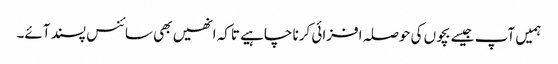
ہمیں آپ جیسے بچوں کی حوصلہ افزائی کرنا چاہیے تاکہ انھیں بھی سائنس پسند آئے۔